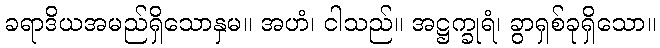
ခရာဒိယအမည်ရှိသောနှမ။ အဟံ၊ ငါသည်။ အဋ္ဌက္ခုရံ၊ ခွာရှစ်ခုရှိသော။